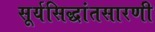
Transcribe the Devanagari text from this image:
सूर्यसिद्धांतसारणी